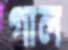
গাল